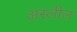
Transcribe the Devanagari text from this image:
अस्लील